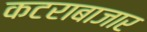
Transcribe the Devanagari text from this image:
कटराबाजार